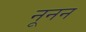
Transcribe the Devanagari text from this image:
नूनन